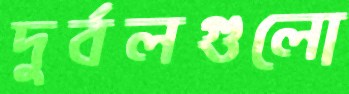
দুর্বলগুলো